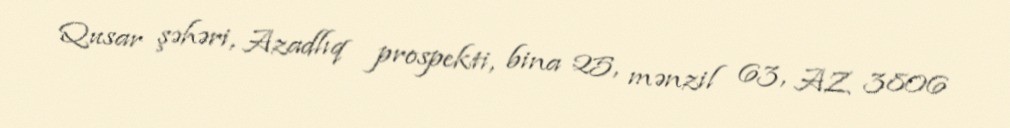
Qusar şəhəri, Azadlıq prospekti, bina 25, mənzil 63, AZ 3806